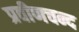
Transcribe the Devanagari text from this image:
प्रवीणचन्द